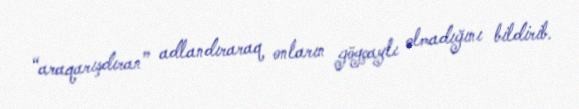
“araqarışdıran” adlandıraraq onların göyçaylı olmadığını bildirib.